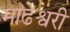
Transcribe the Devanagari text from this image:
माढेश्वरी